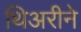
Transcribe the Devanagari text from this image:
थिअरीने